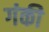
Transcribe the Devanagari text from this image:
गंकी